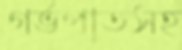
গর্ভপাতসহ